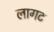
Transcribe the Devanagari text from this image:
लागट